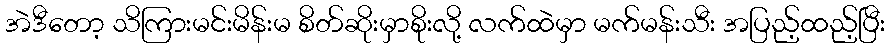
အဲဒီတော့ သိကြားမင်းမိန်းမ စိတ်ဆိုးမှာစိုးလို့ လက်ထဲမှာ မက်မန်းသီး အပြည့်ထည့်ပြီး